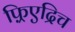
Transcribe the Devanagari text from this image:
फ़्रिएद्रिच